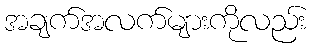
အချက်အလက်များကိုလည်း